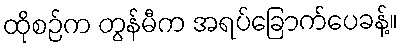
ထိုစဉ်က တွန်မီက အရပ်ခြောက်ပေခန့်။